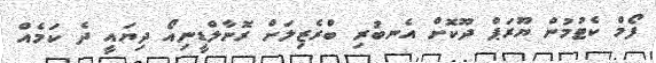
ފޯމް ކެޓުމުން ޔޫރަޕް ދޫކޮށް އެނބުރި ބްރެޒިލަށް ރޮނާލްޑީނިއޯ ދިޔައީ ދެ ކަމެއް